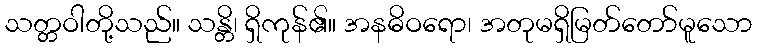
သတ္တဝါတို့သည်။ သန္တိ၊ ရှိကုန်၏။ အနဓိဝရော၊ အတုမရှိမြတ်တော်မူသော